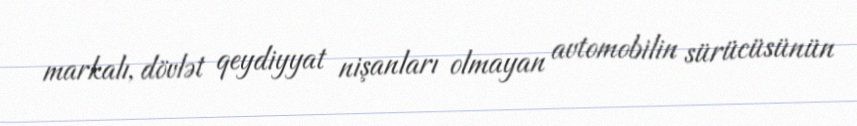
markalı, dövlət qeydiyyat nişanları olmayan avtomobilin sürücüsünün